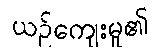
ယဉ်ကျေးမှု၏